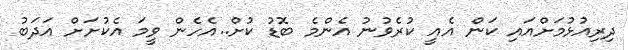
ދިރިއުޅުމަށްއައި ކަން އެއީ ކުރެވުނު އެންމެ ބޮޑު ކުށް..އެހެން ވީމަ އެކުށަށް އަދަބު